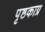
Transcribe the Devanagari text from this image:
पृष्ठकाग्र